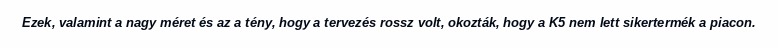
Ezek, valamint a nagy méret és az a tény, hogy a tervezés rossz volt, okozták, hogy a K5 nem lett sikertermék a piacon.